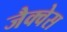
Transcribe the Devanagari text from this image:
जैक्वेस